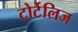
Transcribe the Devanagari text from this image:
टोर्टेलिज